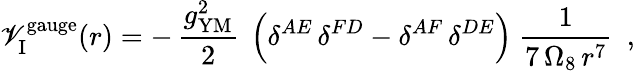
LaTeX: {\mathscr{V}}_{\mathrm{{I}}}^{\mathrm{{gauge}}}(r)=-\, \frac{{g_{\mathrm{{YM}}}^{2}}}{{2}}~\left(\delta^{AE}\, \delta^{FD}-\delta^{AF}\, \delta^{DE}\right)~\frac{{1}}{{7\, \Omega_{8}\, r^{7}}}~~,